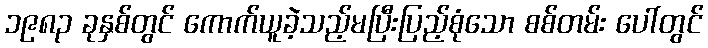
၁၉၈၃ ခုနှစ်တွင် ကောက်ယူခဲ့သည့်မပြီးပြည့်စုံသော စစ်တမ်း ပေါ်တွင်